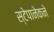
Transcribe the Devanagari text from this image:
स्टेपानेकने